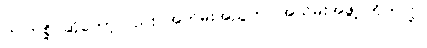
ကကြစို့ ဆိုတော့လည်း အတိမ်းအညွတ်၊ အယိမ်းအဖွဲ့ ကိုက်လို့။